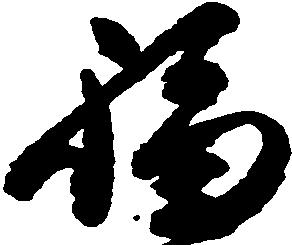
福